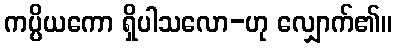
ကပ္ပိယကော ရှိပါသလော-ဟု လျှောက်၏။